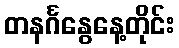
တနင်္ဂနွေနေ့တိုင်း